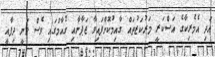
އަދި އެމެރިކާގެ އަސްކަރީ މަރުކަޒުތައް ގާއިމުކޮށްފައިވާ ޖަޕާނާއި ގުއާމްގައި ވެސް ވަނީ ދިފާއީ